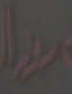
دور